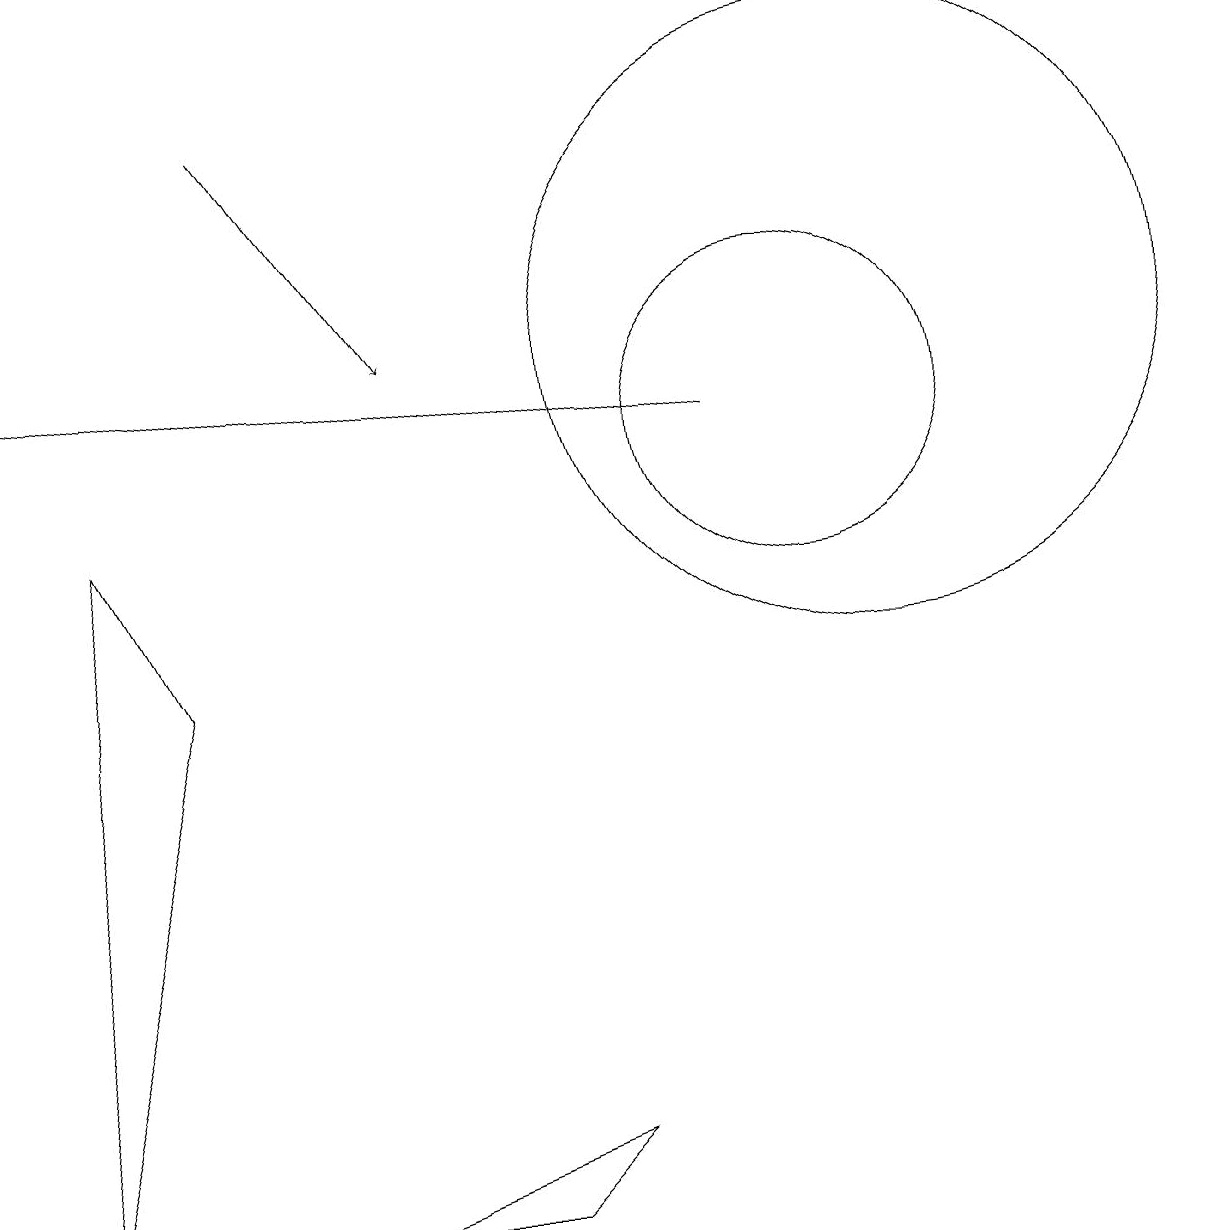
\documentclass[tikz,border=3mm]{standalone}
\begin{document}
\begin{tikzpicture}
\draw (11,11) circle (4);
\draw (2,7) -- (1,9) -- (0,0) -- cycle;
\draw (11,12) circle (0);
\draw (4,0) -- (6,0) -- (7,1) -- cycle;
\draw (10,10) circle (2);
\draw[->] (9,10) -- (0,11);
\draw[->] (3,14) -- (5,11);
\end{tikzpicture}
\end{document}